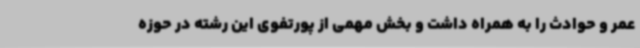
عمر و حوادث را به همراه داشت و بخش مهمی از پورتفوی این رشته در حوزه